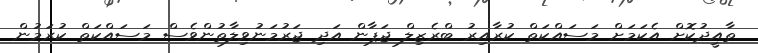
ތާއީދުކޮށް އެކަމަށް މަސައްކަތް ކުރާއިރު ބްރެޒިލް ޖަޕާން އަދި ޖަރުމަނުވިލާތުންވެސް މަސައްކަތް ކުރަމުން